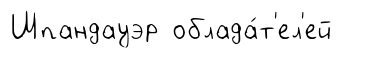
Шпандауэр облада́т'ел'ей